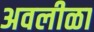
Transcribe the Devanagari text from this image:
अवलीळा